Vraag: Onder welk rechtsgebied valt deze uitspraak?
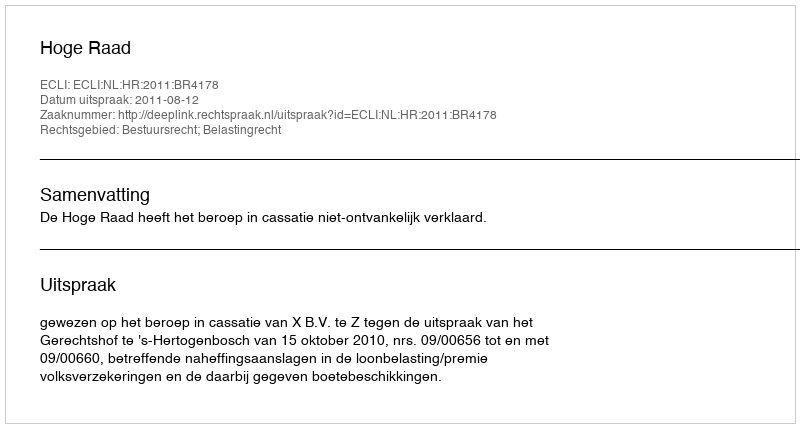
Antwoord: Bestuursrecht; Belastingrecht